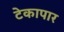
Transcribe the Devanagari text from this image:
टेकापार